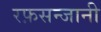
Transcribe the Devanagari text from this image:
रफ़सन्जानी